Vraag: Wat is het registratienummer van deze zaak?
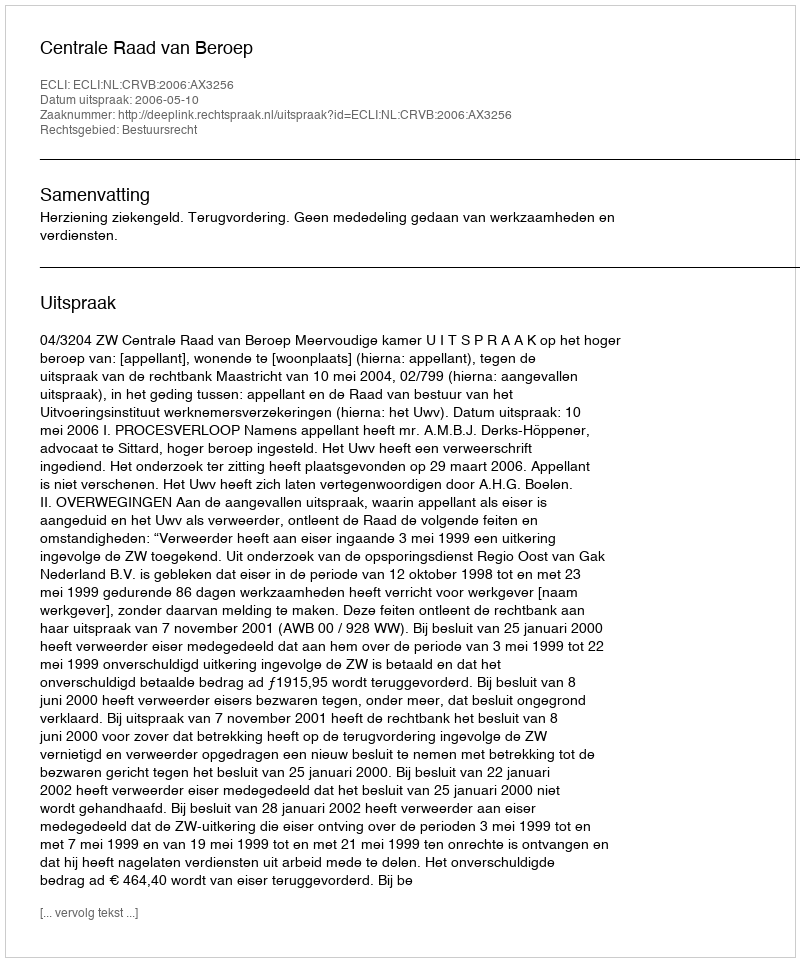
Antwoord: http://deeplink.rechtspraak.nl/uitspraak?id=ECLI:NL:CRVB:2006:AX3256